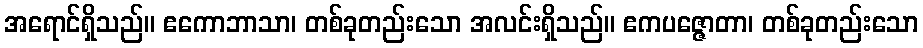
အရောင်ရှိသည်။ ဧကောဘာသာ၊ တစ်ခုတည်းသော အလင်းရှိသည်။ ဧကပဇ္ဇောတာ၊ တစ်ခုတည်းသော